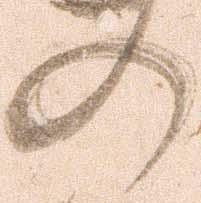
の